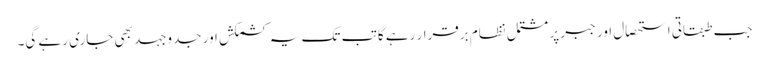
جب طبقاتی استحصال اور جبر پر مشتمل نظام برقرار رہے گا تب تک یہ کشمکش اور جدوجہد بھی جاری رہے گی۔